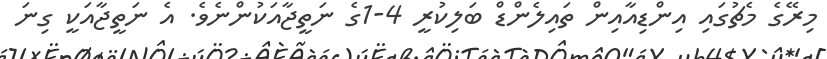
މިރޭގެ މެޗުގައި އިންޑިއާއިން ތައިލެންޑް ބަލިކުރީ 4-1ގެ ނަތީޖާއަކުންނެވެ. އެ ނަތީޖާއަކީ ގިނަ